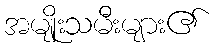
အမျိုးသမီးများ၏